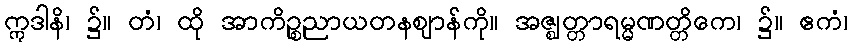
ဣဒါနိ၊ ၌။ တံ၊ ထို အာကိဉ္စညာယတနဈာန်ကို။ အဇ္ဈတ္တာရမ္မဏတ္တိကေ၊ ၌။ ဧကံ၊